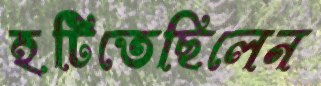
হটিতেছিলেন